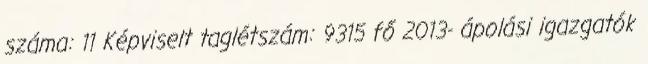
száma: 11 Képviselt taglétszám: 9315 fő 2013- ápolási igazgatók